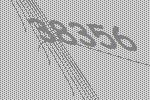
38356